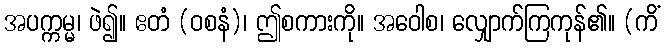
အပက္ကမ္မ၊ ဖဲ၍။ ဧတံ (ဝစနံ)၊ ဤစကားကို။ အဝေါစ၊ လျှောက်ကြကုန်၏။ (ကိံ